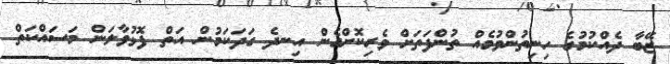
ޒޭބާ ދެއްކުމުގެ ހިނިތުންވުމެއް ތުންފަތަށް ވެރިކޮށްގެން އިނދެ ގަދަކަމުން އަތް ފޮޅުވާލަން މަސައްކަތް